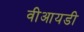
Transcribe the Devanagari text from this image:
वीआयडी